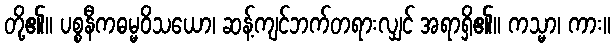
တို့၏။ ပစ္စနီကဓမ္မဝိသယော၊ ဆန့်ကျင်ဘက်တရားလျှင် အရာရှိ၏။ ကသ္မာ၊ ကား။